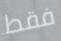
فقط